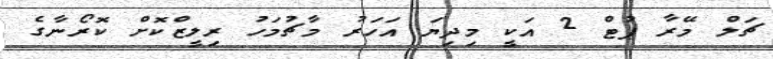
ޗަލް މޭރާ ޕުޓް 2 އަކީ މިދިޔަ އަހަރު މާޗުމަހު ރިލީޒްކޮށް ކޮރޯނާގެ